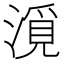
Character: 漞